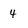
Character: 4